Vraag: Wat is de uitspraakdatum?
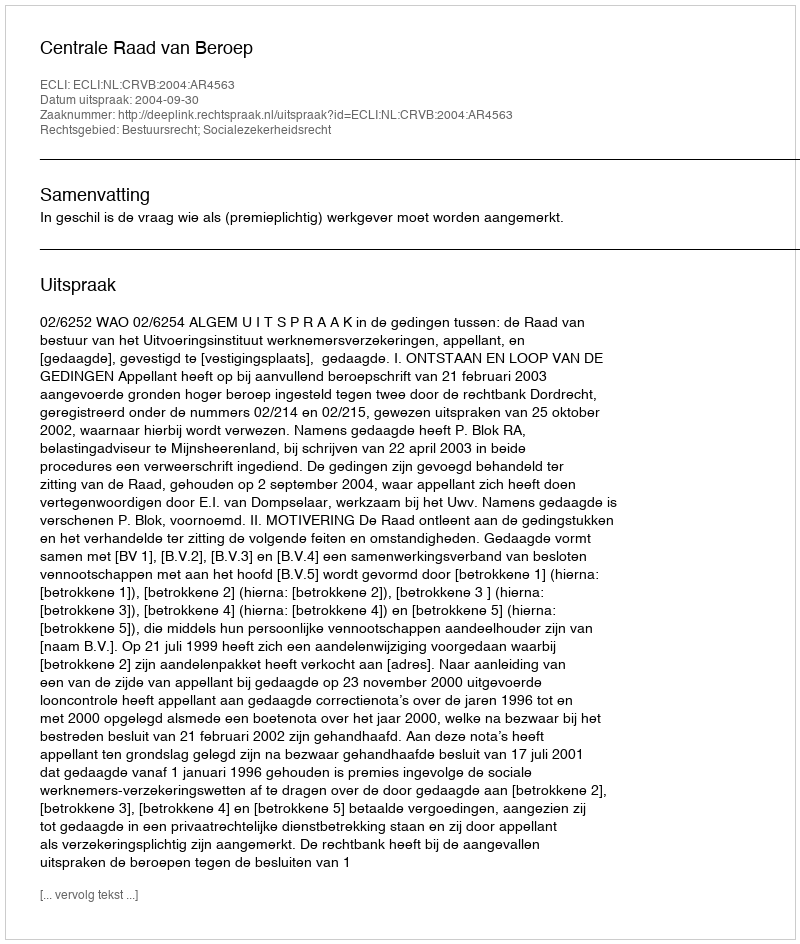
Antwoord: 2004-09-30